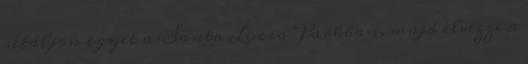
sétáljon egyet a Santa Lucia Parkban, majd élvezze a